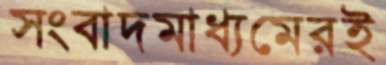
সংবাদমাধ্যমেরই